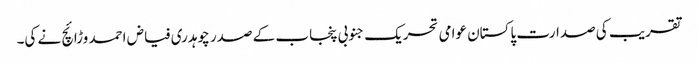
تقریب کی صدارت پاکستان عوامی تحریک جنوبی پنجاب کے صدر چوہدری فیاض احمد وڑائچ نے کی۔